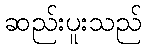
ဆည်းပူးသည်